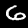
Digit: 6